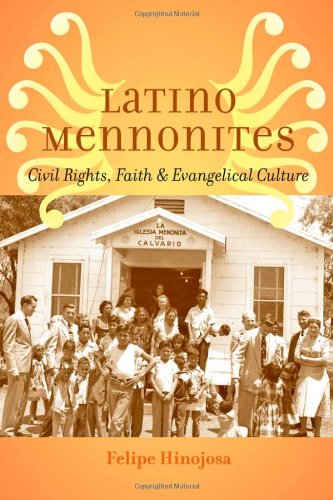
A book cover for Latino Mennonites: Civil Rights, Faith, and Evangelical Culture (Young Center Books in Anabaptist and Pietist Studies); Felipe Hinojosa; Christian Books & Bibles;